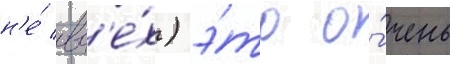
н'е́ вс'е́х) э́то о́чень